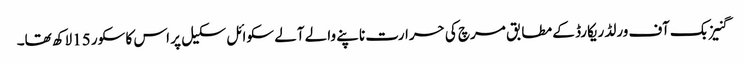
گنیز بک آف ورلڈ ریکارڈ کے مطابق مرچ کی حرارت ناپنے والے آلے سکوائل سکیل پر اس کا سکور 15لاکھ تھا۔